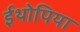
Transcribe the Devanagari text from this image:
ईथोपिया